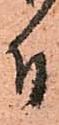
付